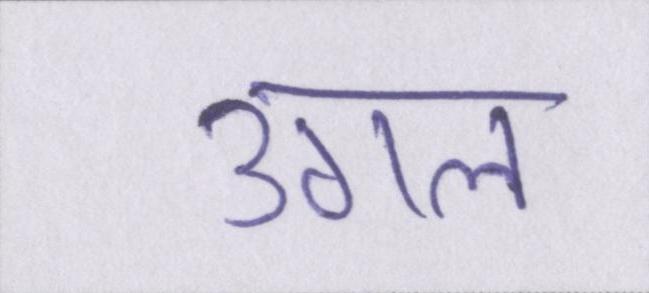
उगल